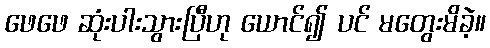
ဖေဖေ ဆုံးပါးသွားပြီဟု ယောင်၍ ပင် မတွေးမိခဲ့။